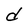
Character: d